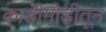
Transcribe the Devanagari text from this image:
काडीमोडीतून